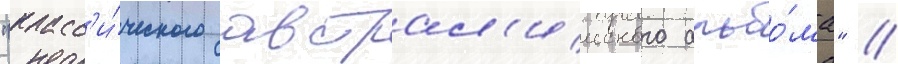
"класс'и́ческого австрал'ииского альбо́ма" //